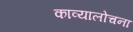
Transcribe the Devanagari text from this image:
काव्यालोचना